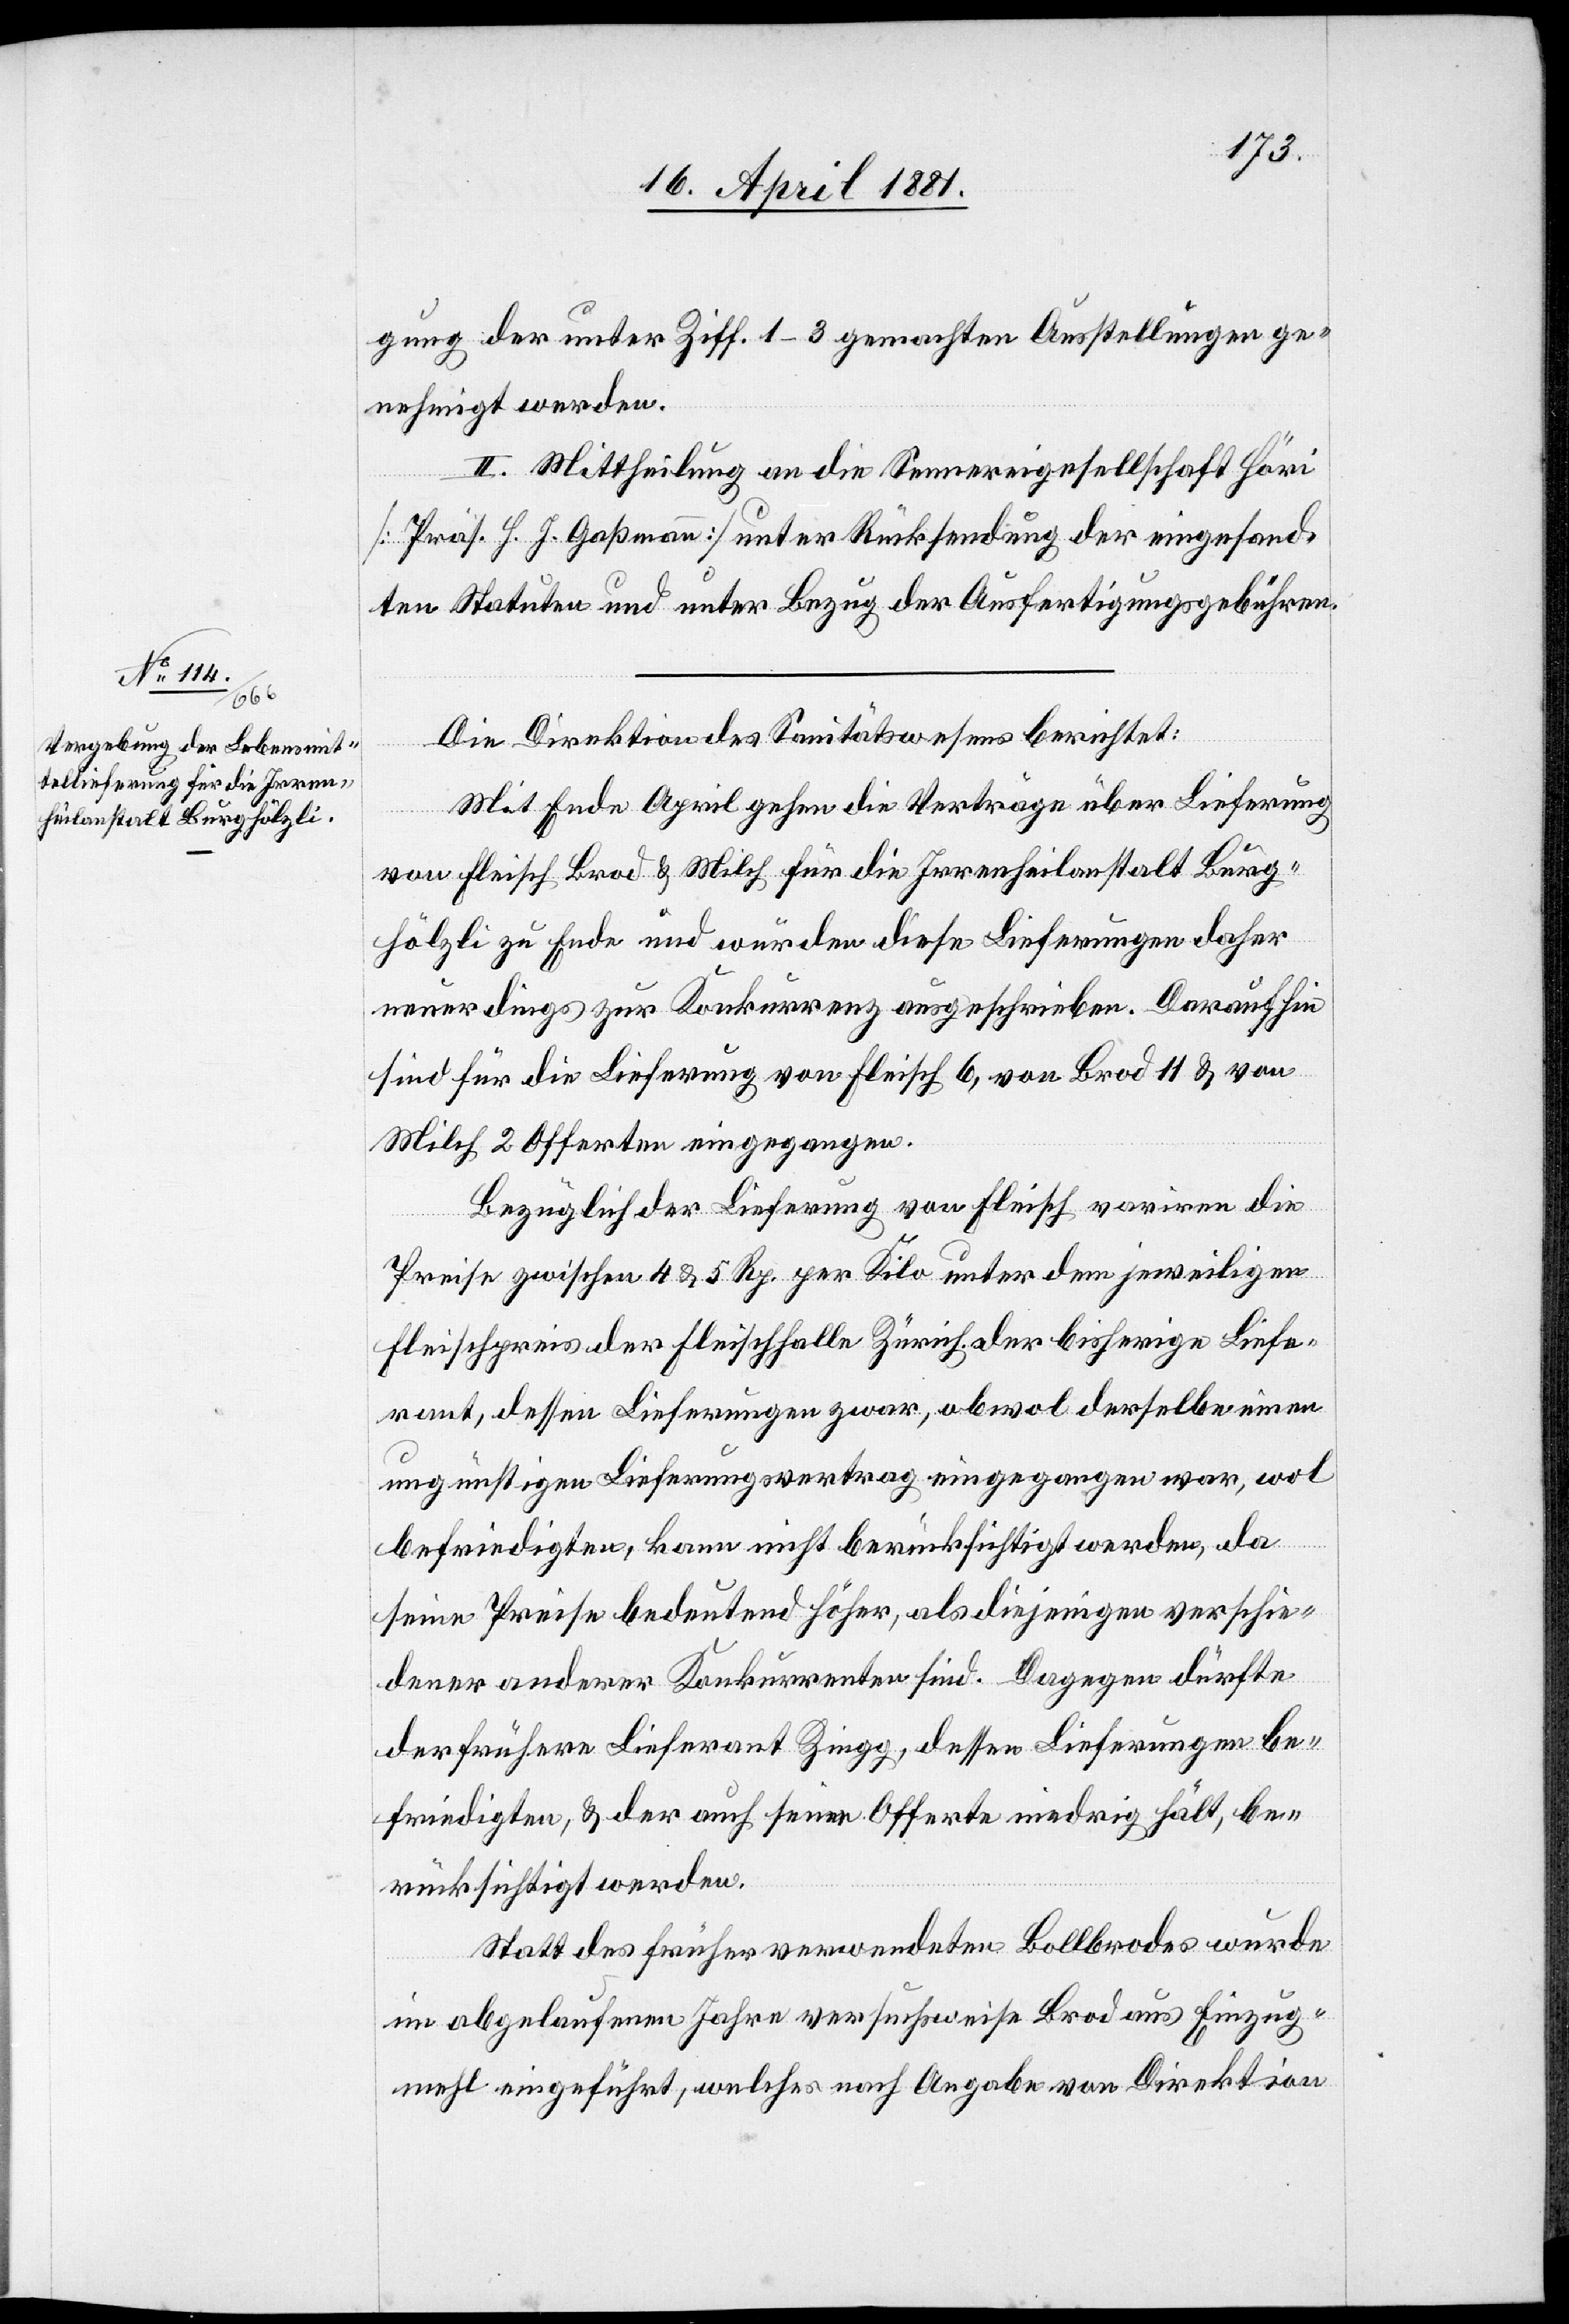
gung der unter Ziff. 1–3 gemachten Ausstellungen ge¬
nehmigt werden.
II. Mittheilung an die Sennereigesellschaft Höri
[Präs. H. J. Gaßmann] unter Rücksendung der eingesand¬
ten Statuten und unter Bezug der Ausfertigungsgebühren.
Die Direktion des Sanitätswesens berichtet:
Mit Ende April gehen die Verträge über Lieferung
von Fleisch[,] Brod & Milch für die Irrenheilanstalt Burg¬
hölzli zu Ende und würden diese Lieferungen daher
neuerdings zur Konkurrenz ausgeschrieben. Daraufhin
sind für die Lieferung von Fleisch 6, von Brod 11 & von
Milch 2 Offerten eingegangen.
Bezüglich der Lieferung von Fleisch variren
Preise zwischen 4 & 5 Rp. per Kilo unter dem jeweiligen
Fleischpreis der Fleischhalle Zürich. Der bisherige Liefe¬
rant, dessen Lieferungen zwar, obwol derselbe einen
ungünstigen Lieferungsvertrag eingegangen war, wol
die
befriedigten, kann nicht berücksichtigt werden, da
seine Preise bedeutend höher, als diejenigen verschie¬
dener anderer Konkurrenten sind. Dagegen dürfte
der frühere Lieferant Zingg, dessen Lieferungen be¬
friedigten, & der auch seine Offerte niedrig hält, be¬
rücksichtigt werden.
Statt des früher verwendeten Bollbrodes wurde
im abgelaufenen Jahre versuchsweise Brod aus Einzug¬
mehl eingeführt, welches nach Angaben von Direktion